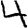
Digit: 4